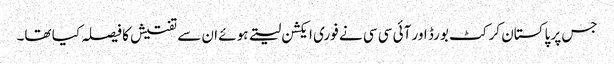
جس پر پاکستان کرکٹ بورڈ اور آئی سی سی نے فوری ایکشن لیتے ہوئے ان سے تفتیش کا فیصلہ کیا تھا۔